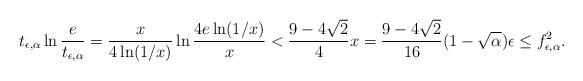
LaTeX: \begin{align*}t_{\epsilon,\alpha} \ln\frac{e}{t_{\epsilon,\alpha}}=\frac{x}{4\ln (1/x)}\ln\frac{4e\ln(1/x)}{x}< \frac{9-4\sqrt{2}}{4}x=\frac{9-4\sqrt{2}}{16}(1-\sqrt{\alpha})\epsilon\le f_{\epsilon,\alpha}^2.\end{align*}